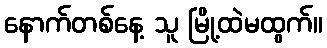
နောက်တစ်နေ့ သူ မြို့ထဲမထွက်။